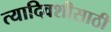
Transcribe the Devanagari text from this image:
त्यादिवशीसाठी